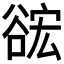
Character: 𮙎